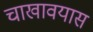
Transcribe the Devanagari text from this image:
चाखावयास